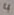
Text: 4